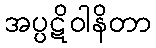
အပ္ပဋိဝါနိတာ